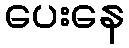
ပေးနေ